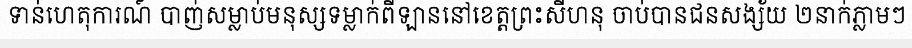
ទាន់ហេតុការណ៍ បាញ់សម្លាប់មនុស្សទម្លាក់ពីឡាននៅខេត្តព្រះសីហនុ ចាប់បានជនសង្ស័យ ២នាក់ភ្លាមៗ